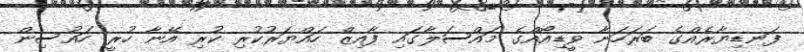
ފަނޑިޔާރެއްގެ ބަރަހަނާ ވީޑިއޯއްގެ މައްސަލާގައި ފާއިޒް ހައްޔަރުކުރި ކުރި އޭނާ ހުރީ ހައުސިން